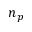
n _ { p }